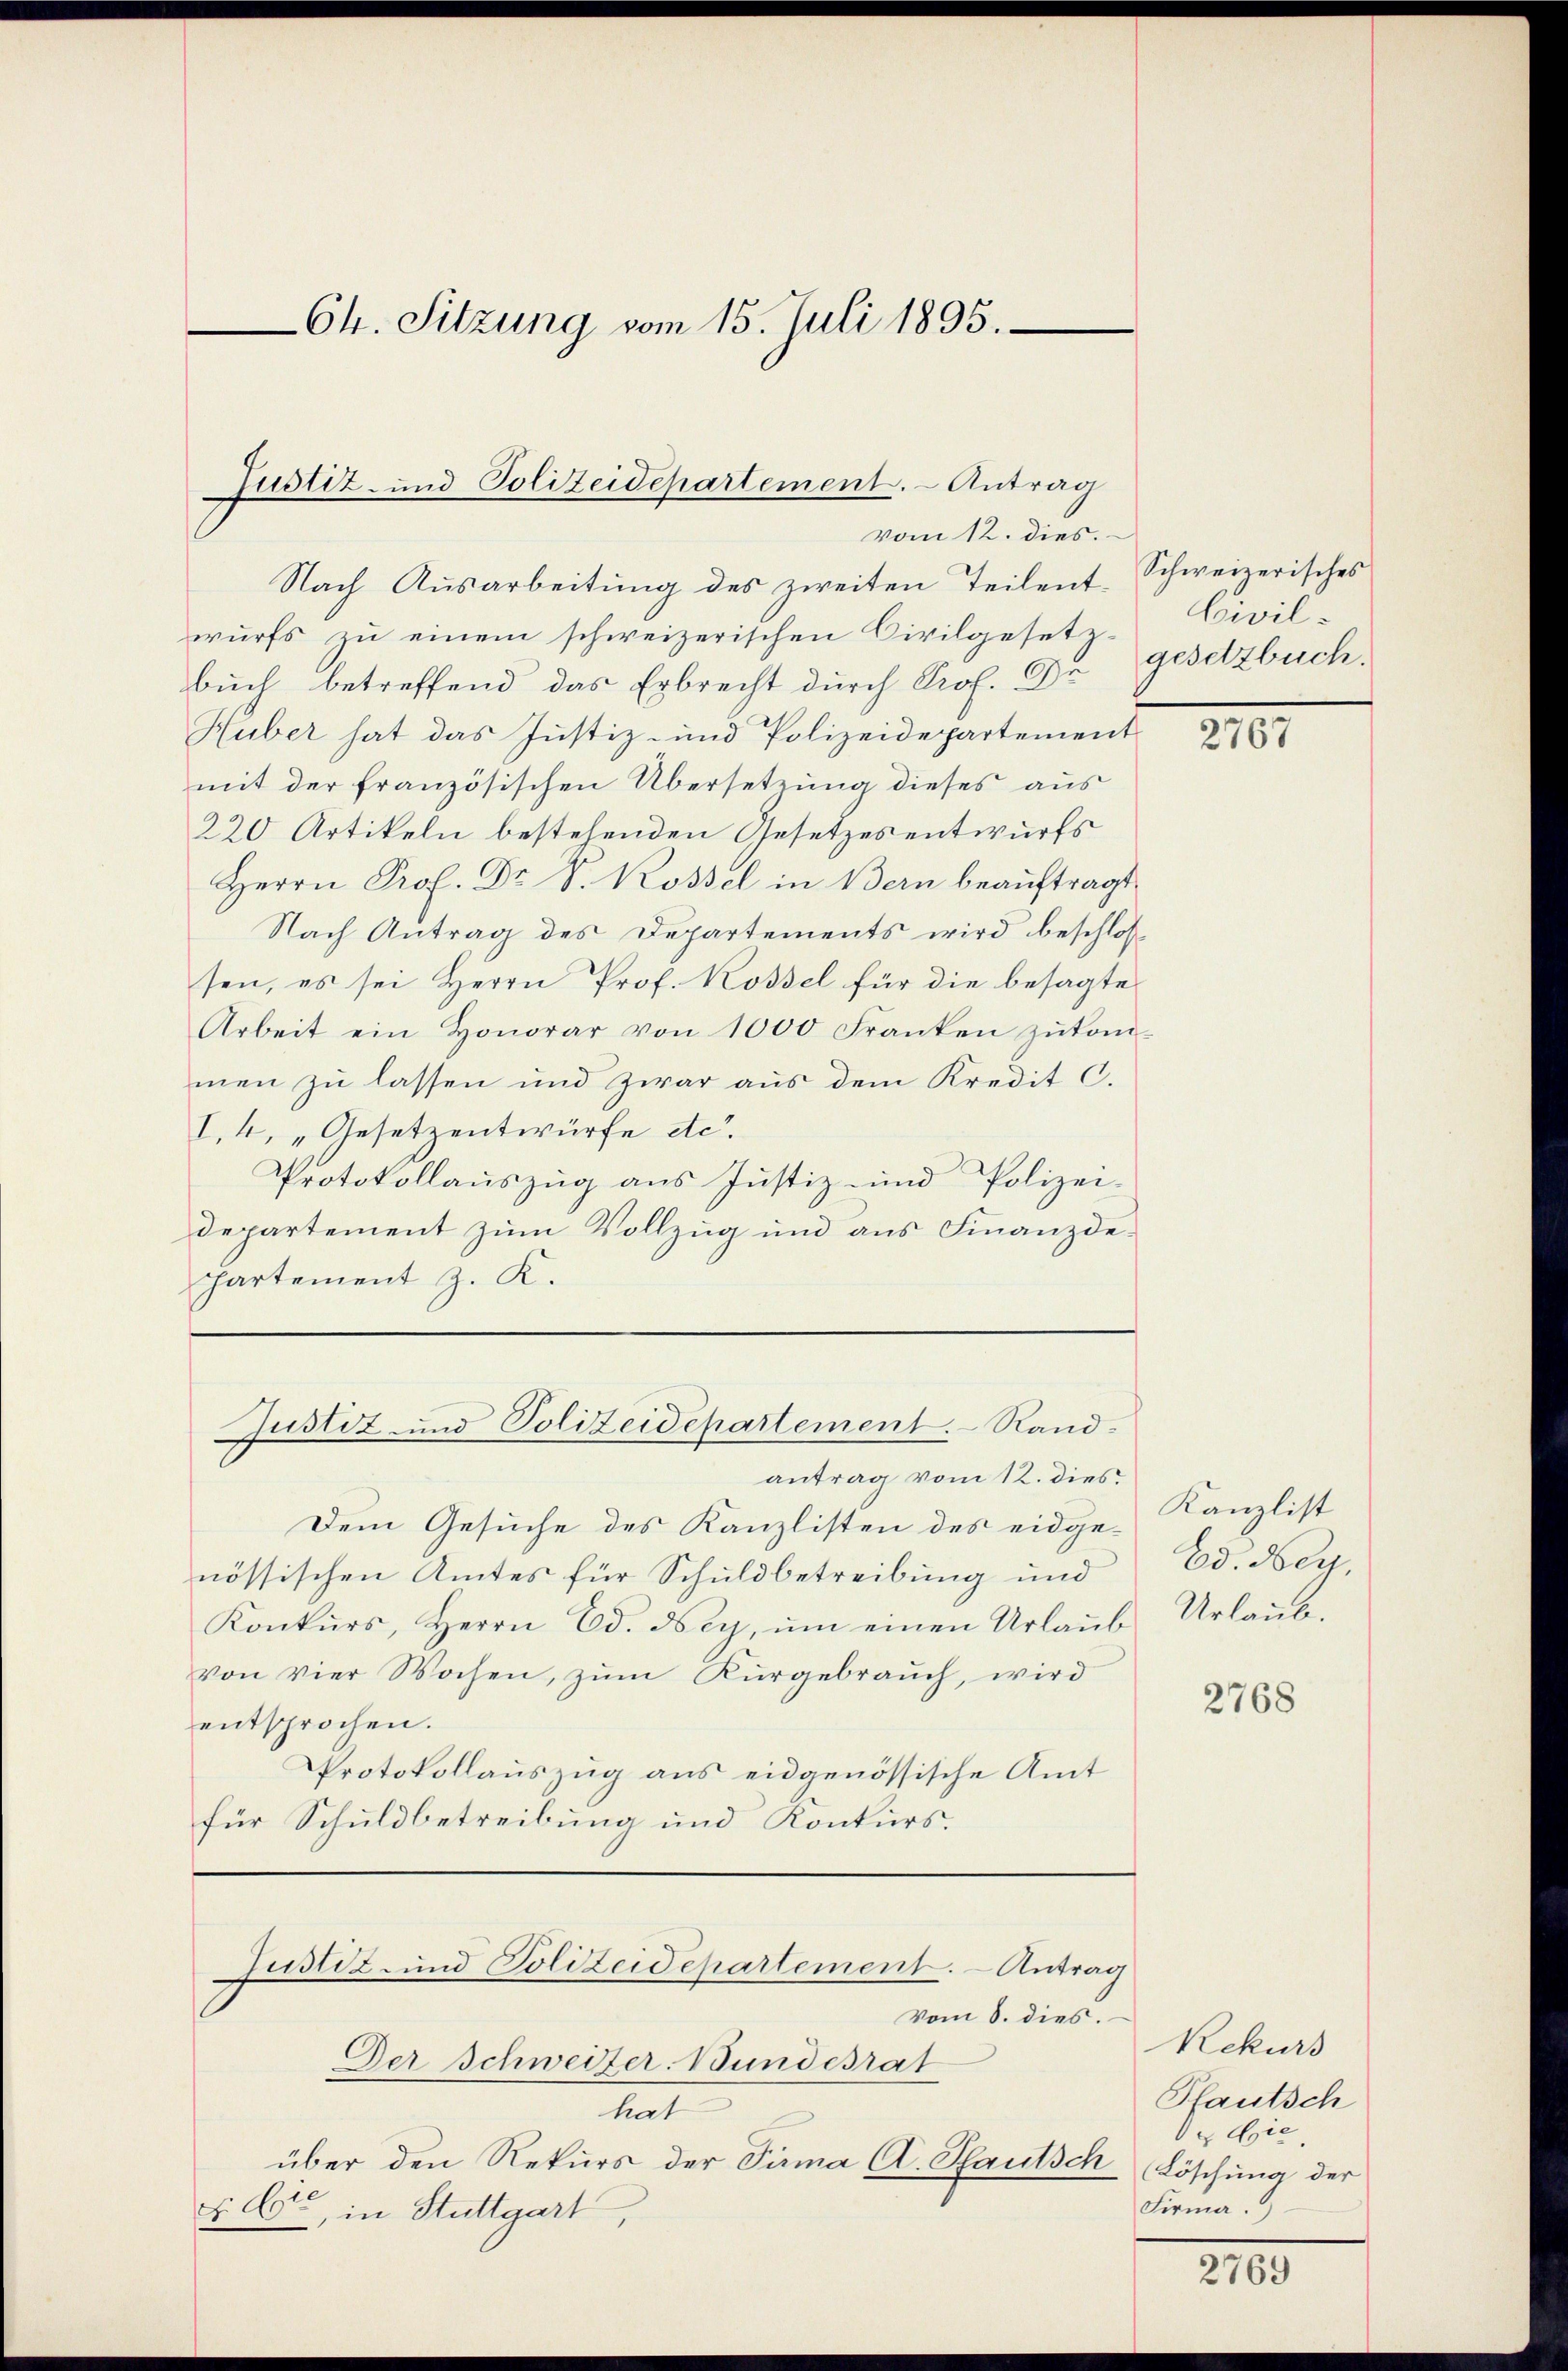
Ch. Sitzung vom 15. Juli 1895.

Justiz- und Polizeidepartement. - Antrag
vom 12. dies.

Nach Ausarbeitung des zweiten Teilent. Schweizerisches
wurfs zu einem schweizerischen Civilgesetz-
buch betreffend das Erbrecht durch Prof. Dr gesetzbuch.
Huber hat das Justiz- und Polizeidepartement
mit der französischen Übersetzung dieses aus
220 Artikeln bestehenden Gesetzesentwurfs
Herrn Prof. Dr. S. Kossel in Bern beauftragt.
Nach Antrag des Departements wird beschlossen, es sei Herrn Prof. Rossel für die besagte
Arbeit ein Honorar von 1000 Franken zŭkom-
men zu lassen und zwar aus dem Kredit C.
I.4, „Gesetzentwürfe etc.
Protokollauszug aus Justiz- und Polizei-
Departement zum Vollzug und aus Finanzde¬
Partement z. K.

Justiz- und Polizeidepartement. - Sand¬

Justiz- und Polizeidepartement. – Antrag
vom 8. dies

Der Schweizer Bundesrat

Civil¬

Dem Gesuche des Kanzlisten des eidgenössischen Amtes für Schuldbetreibung und
Konkŭrs, Herrn Ed. dsey, ŭm einen Urlaŭb
von vier Wochen, zŭm Kŭrgebrauch, wird
entsprochen.
Protokollauszug aus eidgenössische Amt
für Schuldbetreibung und Konkurs.

antrag vom 12. dies

tet
über den Rekurs der Firma A. Pfautsch
§ 6ten, in Stuttgart

210.

Kanzlist
Ed. Bey
Urlaub.

2768

Rekurs
Pfautsch
da Gie
Löschung der
Firma.

2769